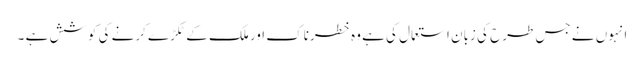
انہوں نے جس طرح کی زبان استعمال کی ہے وہ خطرناک اور ملک کے ٹکڑے کرنے کی کوشش ہے ۔